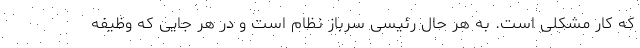
که کار مشکلی است. به هر حال رئیسی سرباز نظام است و در هر جایی که وظیفه